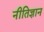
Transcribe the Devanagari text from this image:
नीतिज्ञान